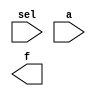
//////////////////////////////////////////////////////////////////////////////////
// Module Name: 3-Bit Decoder
// Description: 
// Revision:
// 09.05.2020 -> Revision 0.01 - Created
//////////////////////////////////////////////////////////////////////////////////

`timescale 1ns / 1ps

module decoder_3bit(input [2:0] sel,
                    input a,
                    output [7:0] f );
                    
    reg[7:0] r_f;
    
    always @ (a or sel) begin
        r_f         = 8'b0;
        r_f[sel]    = a;
    end             
           
endmodule